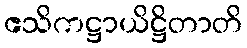
ဧသိကဋ္ဌာယိဋ္ဌိတာတိ